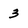
Character: 3